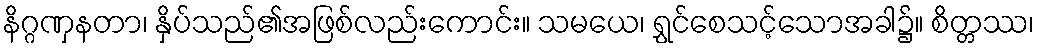
နိဂ္ဂဏှနတာ၊ နှိပ်သည်၏အဖြစ်လည်းကောင်း။ သမယေ၊ ရွှင်စေသင့်သောအခါ၌။ စိတ္တဿ၊